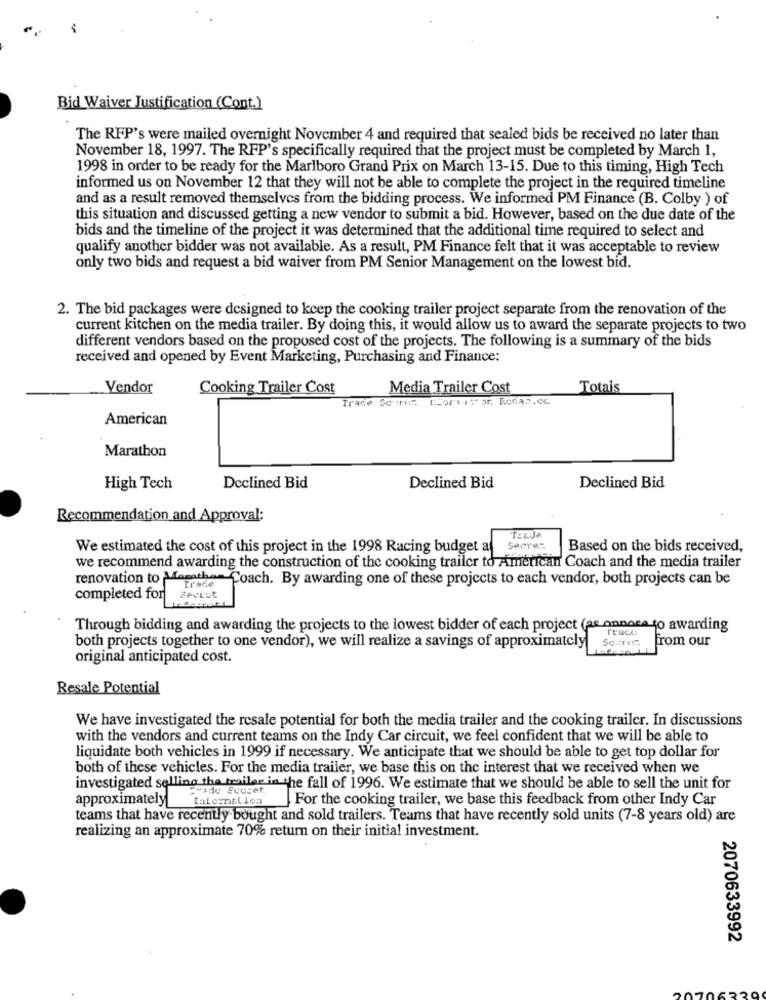
Bid Waiver Justification (Cont.)
The RFP's were mailed overnight November 4 and required that sealed bids be received no later than
November 18, 1997. The RFP's specifically required that the project must be completed by March 1,
1998 in order to be ready for the Marlboro Grand Prix on March 13-15. Due to this timing, High Tech
informed us on November 12 that they will not be able to complete the project in the required timeline
and as a result removed themselves from the bidding process. We informed PM Finance (B. Colby ) of
this situation and discussed getting a new vendor to submit a bid. However, based on the due date of the
bids and the timeline of the project it was determined that the additional time required to select and
qualify another bidder was not available. As a result, PM Finance felt that it was acceptable to review
only two bids and request a bid waiver from PM Senior Management on the lowest bid.
2. The bid packages were designed to keep the cooking trailer project separate from the renovation of the
current kitchen on the media trailer. By doing this, it would allow us to award the separate projects to two
different vendors based on the proposed cost of the projects. The following is a summary of the bids
received and opened by Event Marketing, Purchasing and Finance:
Vendor
Cooking Trailer Cost
Media Trailer Cost
Totais
Trade Scumm ..
Blommor, Rodas.Co
American
Marathon
High Tech
Declined Bid
Declined Bid
Declined Bid
Recommendation and Approval:
We estimated the cost of this project in the 1998 Racing budget af Secre:
Based on the bids received,
we recommend awarding the construction of the cooking trailer to American Coach and the media trailer
renovation to Masathan Coach. By awarding one of these projects to each vendor, both projects can be
completed for
Recrut
Through bidding and awarding the projects to the lowest bidder of each project (as onnoce to awarding
From our
both projects together to one vendor), we will realize a savings of approximately So .:...
original anticipated cost.
Resale Potential
We have investigated the resale potential for both the media trailer and the cooking trailer. In discussions
with the vendors and current teams on the Indy Car circuit, we feel confident that we will be able to
liquidate both vehicles in 1999 if necessary. We anticipate that we should be able to get top dollar for
both of these vehicles. For the media trailer, we base this on the interest that we received when we
investigated selling the trailer in the fall of 1996. We estimate that we should be able to sell the unit for
approximately Laformatica_ For the cooking trailer, we base this feedback from other Indy Car
teams that have recently bought and sold trailers. Teams that have recently sold units (7-8 years old) are
realizing an approximate 70% return on their initial investment.
2070633992
162